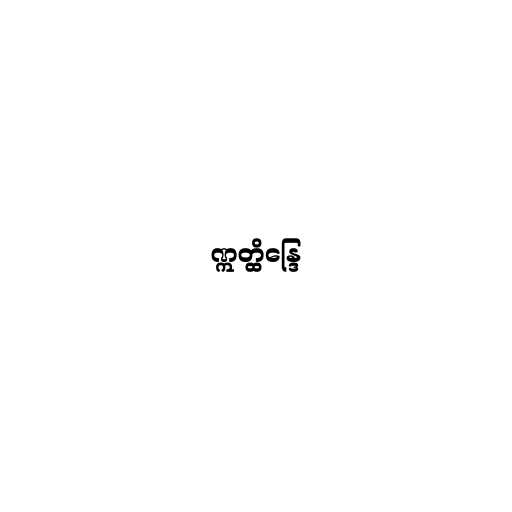
ဣတ္ထိန္ဒြေ